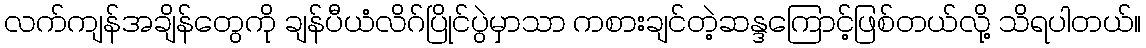
လက်ကျန်အချိန်တွေကို ချန်ပီယံလိဂ်ပြိုင်ပွဲမှာသာ ကစားချင်တဲ့ဆန္ဒကြောင့်ဖြစ်တယ်လို့ သိရပါတယ်။